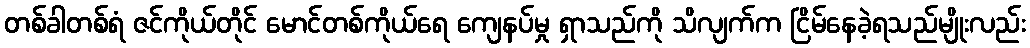
တစ်ခါတစ်ရံ ဇင်ကိုယ်တိုင် မောင်တစ်ကိုယ်ရေ ကျေနပ်မှု ရှာသည်ကို သိလျက်က ငြိမ်နေခဲ့ရသည်မျိုးလည်း